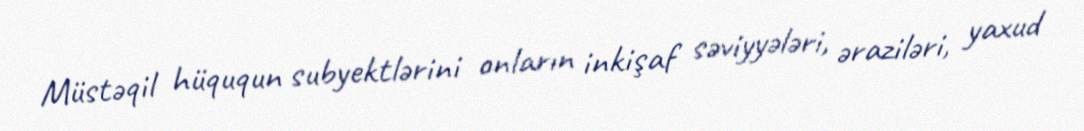
Müstəqil hüququn subyektlərini onların inkişaf səviyyələri, əraziləri, yaxud